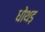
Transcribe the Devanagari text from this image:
धोथड़